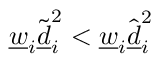
\underline { w } _ { i } \tilde { \underline { d } } _ { i } ^ { 2 } < \underline { w } _ { i } \hat { \underline { d } } _ { i } ^ { 2 }